Code of medical and sanitary regulations for the guidance of medical officers serving in the Madras Presidency - Volume I
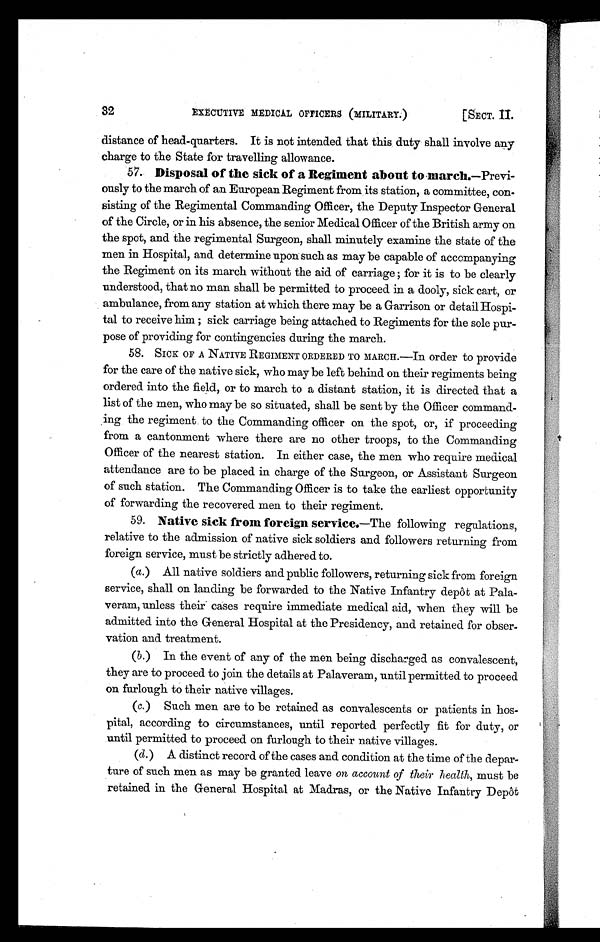
32
EXECUTIVE MEDICAL OFFICERS (MILITARY.)
[SECT. II.
distance of head-quarters. It is not intended that this duty shall involve any
charge to the State for travelling allowance.
57. Disposal of the sick of a Regiment about to march.—Previ-
ously to the march of an European Regiment from its station, a committee, con-
sisting of the Regimental Commanding Officer, the Deputy Inspector General
of the Circle, or in his absence, the senior Medical Officer of the British army on
the spot, and the regimental Surgeon, shall minutely examine the state of the
men in Hospital, and determine upon such as may be capable of accompanying
the Regiment on its march without the aid of carriage ; for it is to be clearly
understood, that no man shall be permitted to proceed in a dooly, sick cart, or
ambulance, from any station at which there may be a Garrison or detail Hospi-
tal to receive him ; sick carriage being attached to Regiments for the sole pur-
pose of providing for contingencies during the march.
A
58. SICK OF A NATIVE REGIMENT ORDERED TO MARCH.—In order to provide
for the care of the native sick, who may be left behind on their regiments being
ordered into the field, or to march to a distant station, it is directed that a
list of the men, who may be so situated, shall be sent by the Officer command-
ing the regiment to the Commanding officer on the spot, or, if proceeding
from a cantonment where there are no other troops, to the Commanding
Officer of the nearest station. In either case, the men who require medical
attendance are to be placed in charge of the Surgeon, or Assistant Surgeon
of such station. The Commanding Officer is to take the earliest opportunity
of forwarding the recovered men to their regiment.
59.
Native sick from foreign service.—The following regulations,
relative to the admission of native sick soldiers and followers returning from
foreign service, must be strictly adhered to.
(a.)All native soldiers and public followers, returning sick from foreign
service, shall on landing be forwarded to the Native Infantry depôt at Pala-
veram, unless their cases require immediate medical aid, when they will be
admitted into the General Hospital at the Presidency, and retained for obser-
vation and treatment.
(b.)In the event of any of the men being discharged as convalescent,
they are to proceed to join the details at Palaveram, until permitted to proceed
on furlough to their native villages.
(c.) Such men are to be retained as convalescents or patients in hos-
pital, according to circumstances, until reported perfectly fit for duty, or
until permitted to proceed on furlough to their native villages.
(d.) A distinct record of the cases and condition at the time of the depar-
t u r e o f s u c h m e n a s m a y b e g r a n t e d l e a v eo
n a c c o u n t o f t h e i r h e a l t h ,m
u s t b e
retained in the General Hospital at Madras, or the Native Infantry Depôt